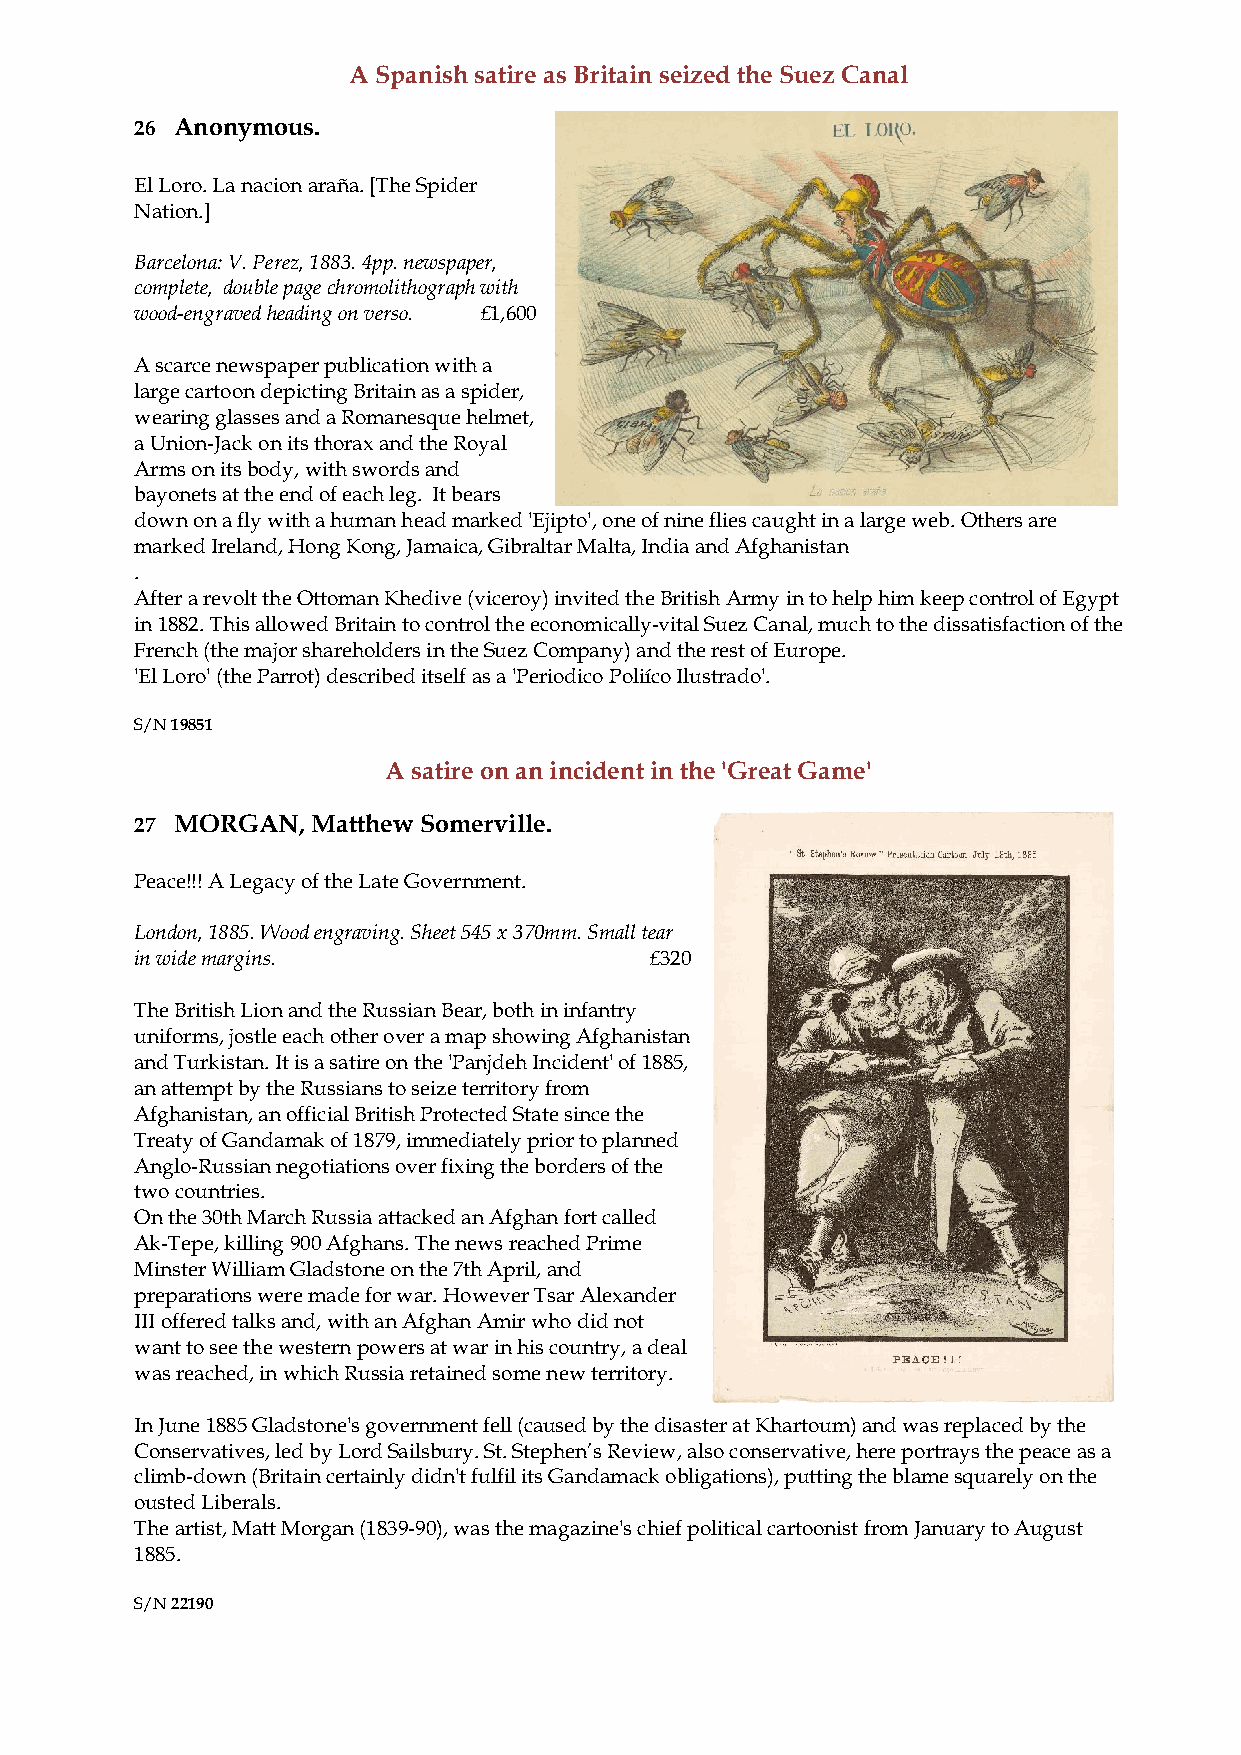
A Spanish satire as Britain seized the Suez Canal
 26 Anonymous.
 El Loro. La nacion araña. [The Spider
 Nation.]
 Barcelona: V. Perez, 1883. 4pp. newspaper,
 complete, double page chromolithograph with
 wood-engraved heading on verso. £1,600
 A scarce newspaper publication with a
 large cartoon depicting Britain as a spider,
 wearing glasses and a Romanesque helmet,
 a Union-Jack on its thorax and the Royal
 Arms on its body, with swords and
 bayonets at the end of each leg. It bears
 down on a fly with a human head marked 'Ejipto', one of nine flies caught in a large web. Others are
 marked Ireland, Hong Kong, Jamaica, Gibraltar Malta, India and Afghanistan
 .
 After a revolt the Ottoman Khedive (viceroy) invited the British Army in to help him keep control of Egypt
 in 1882. This allowed Britain to control the economically-vital Suez Canal, much to the dissatisfaction of the
 French (the major shareholders in the Suez Company) and the rest of Europe.
 'El Loro' (the Parrot) described itself as a 'Periodico Poliíco Ilustrado'.
 S/N 19851
 A satire on an incident in the 'Great Game'
 27 MORGAN,  Matthew Somerville.
 Peace!!! A Legacy of the Late Government.
 London, 1885. Wood engraving. Sheet 545 x 370mm. Small tear
 in wide margins.                  £320
 The British Lion and the Russian Bear, both in infantry
 uniforms, jostle each other over a map showing Afghanistan
 and Turkistan. It is a satire on the 'Panjdeh Incident' of 1885,
 an attempt by the Russians to seize territory from
 Afghanistan, an official British Protected State since the
 Treaty of Gandamak of 1879, immediately prior to planned
 Anglo-Russian negotiations over fixing the borders of the
 two countries.
 On the 30th March Russia attacked an Afghan fort called
 Ak-Tepe, killing 900 Afghans. The news reached Prime
 Minster William Gladstone on the 7th April, and
 preparations were made for war. However Tsar Alexander
 III offered talks and, with an Afghan Amir who did not
 want to see the western powers at war in his country, a deal
 was reached, in which Russia retained some new territory.
 In June 1885 Gladstone's government fell (caused by the disaster at Khartoum) and was replaced by the
 Conservatives, led by Lord Sailsbury. St. Stephen’s Review, also conservative, here portrays the peace as a
 climb-down (Britain certainly didn't fulfil its Gandamack obligations), putting the blame squarely on the
 ousted Liberals.
 The artist, Matt Morgan (1839-90), was the magazine's chief political cartoonist from January to August
 1885.
 S/N 22190